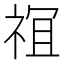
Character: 𫞵